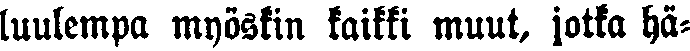
luulempa myöskin kaikki muut, jotka hä-